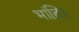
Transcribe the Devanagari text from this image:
भांति।